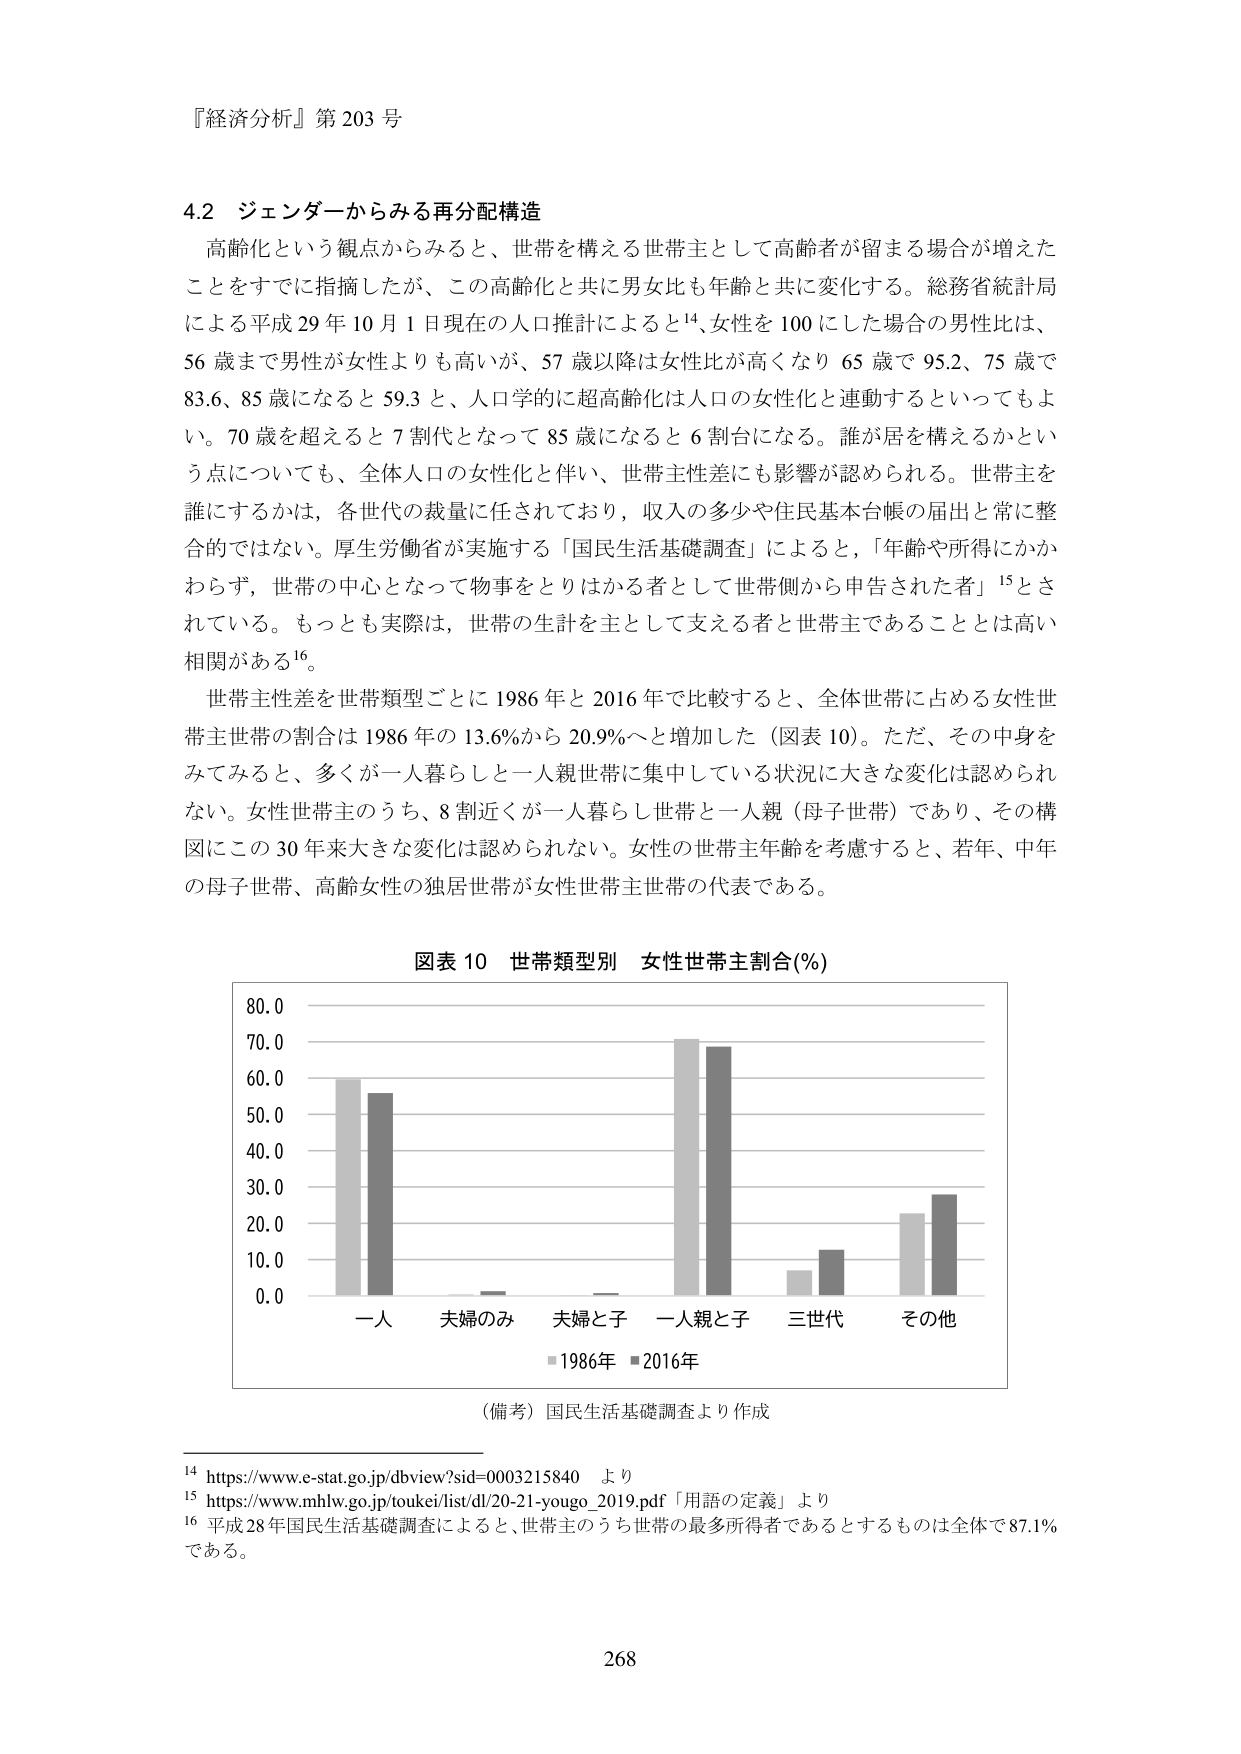
『経済分析』第203号

4.2 ジェンダーからみる再分配構造
高齢化という観点からみると、世帯を構える世帯主として高齢者が留まる場合が増えたことをすでに指摘したが、この高齢化と共に男女比も年齢と共に変化する。総務省統計局による平成29年10月1日現在の人口推計によると14、女性を100にした場合の男性比は、56歳まで男性が女性よりも高いが、57歳以降は女性比が高くなり65歳で95.2、75歳で83.6、85歳になると59.3と、人口学的に超高齢化は人口の女性化と連動するといってもよい。70歳を超えると7割代となって85歳になると6割台になる。誰が居を構えるかという点についても、全体人口の女性化と伴い、世帯主性差にも影響が認められる。世帯主を誰にするかは、各世代の裁量に任されており、収入の多少や住民基本台帳の届出と常に整合的ではない。厚生労働省が実施する「国民生活基礎調査」によると、「年齢や所得にかかわらず、世帯の中心となって物事をとりはかる者として世帯側から申告された者」15とされている。もっとも実際は、世帯の生計を主として支える者と世帯主であることは高い相関がある16。

世帯主性差を世帯類型ごとに1986年と2016年で比較すると、全体世帯に占める女性世帯主世帯の割合は1986年の13.6%から20.9%へと増加した（図表10）。ただ、その中身をみてみると、多くが一人暮らしと一人親世帯に集中している状況に大きな変化は認められない。女性世帯主のうち、8割近くが一人暮らし世帯と一人親（母子世帯）であり、その構図にこの30年来大きな変化は認められない。女性の世帯主年齢を考慮すると、若年、中年の母子世帯、高齢女性の独居世帯が女性世帯主世帯の代表である。

図表10 世帯類型別 女性世帯主割合(%)
（備考）国民生活基礎調査より作成

14 https://www.e-stat.go.jp/dbview?sid=0003215840 より
15 https://www.mhlw.go.jp/toukei/list/dl/20-21-yougo_2019.pdf「用語の定義」より
16 平成28年国民生活基礎調査によると、世帯主のうち世帯の最多所得者であるとするものは全体で87.1%である。

268